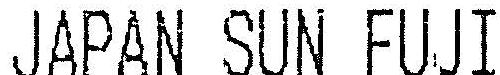
JAPAN SUN FUJI